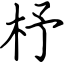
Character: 杼